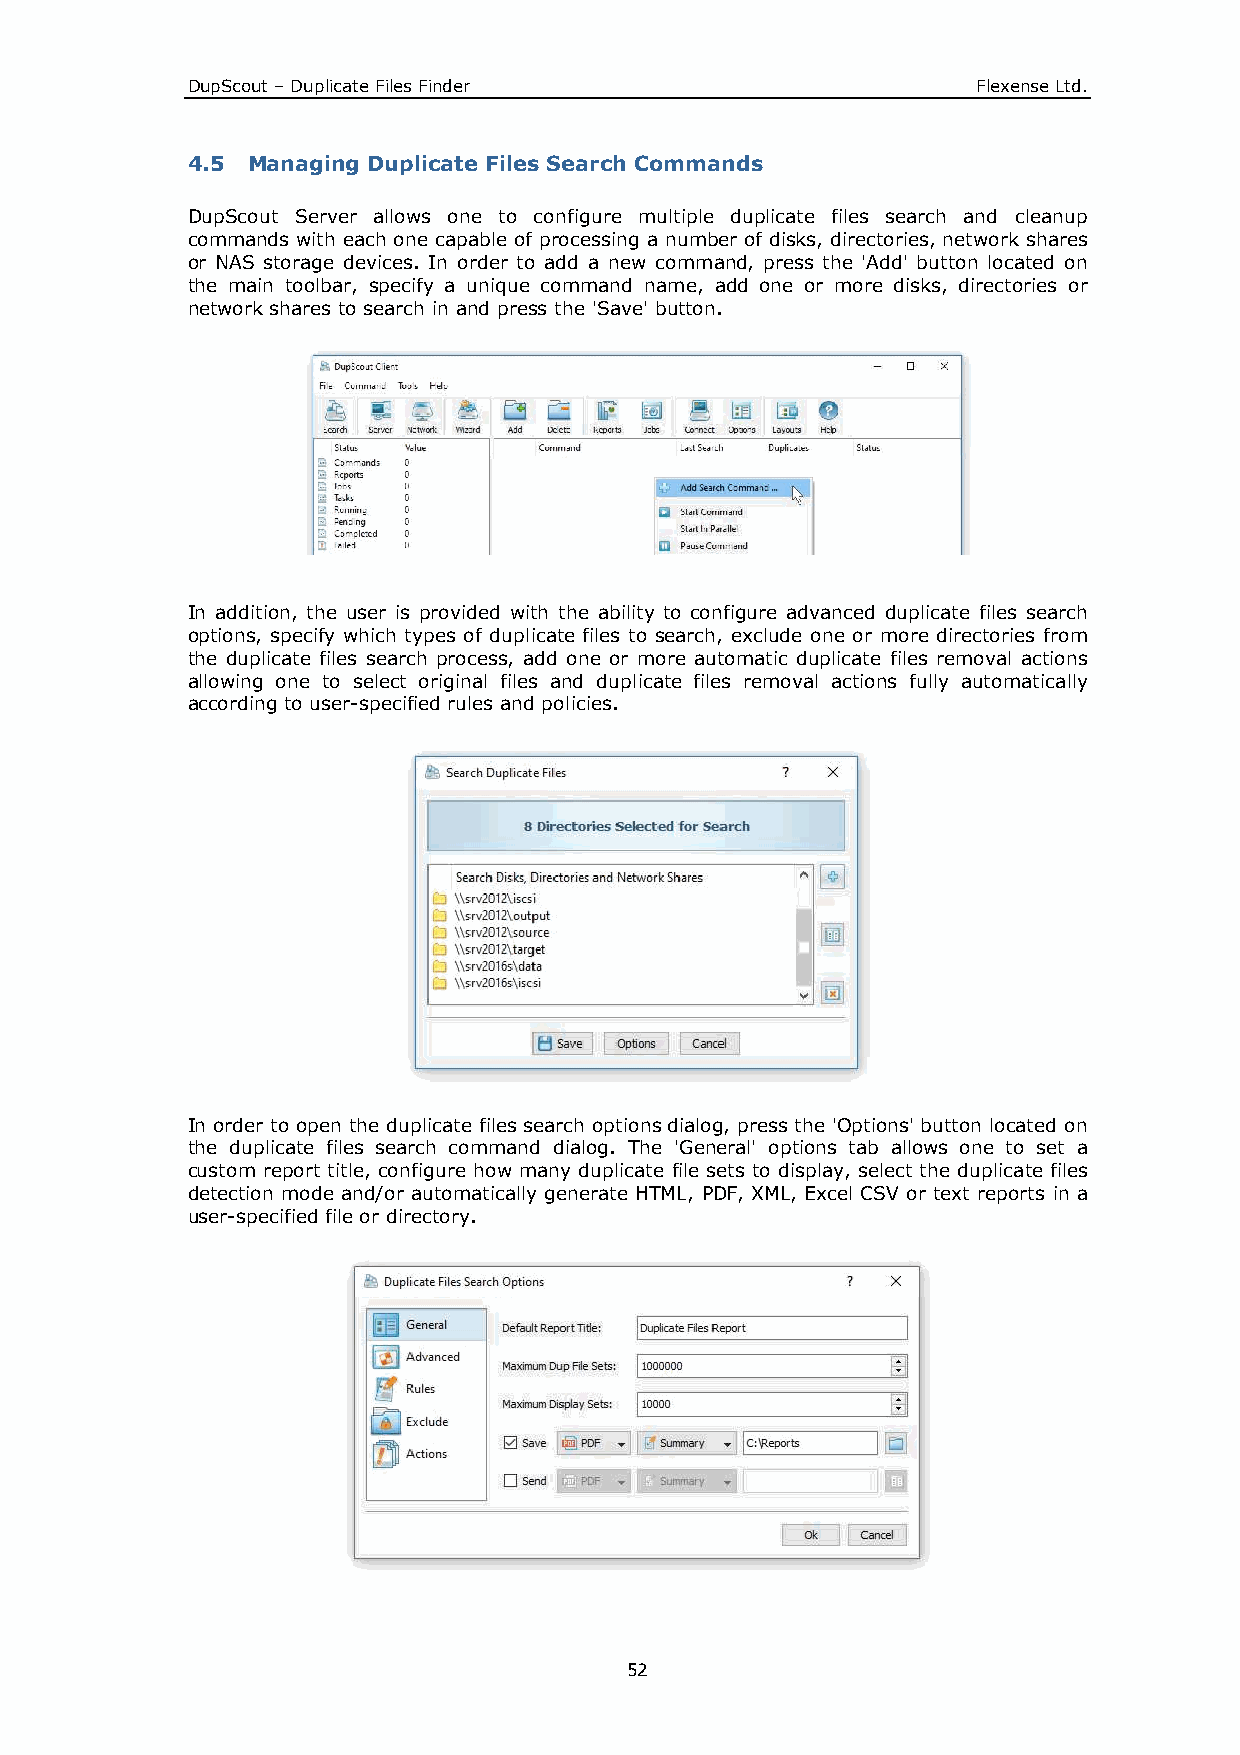
DupScout – Duplicate Files Finder                    Flexense Ltd.
 4.5 Managing Duplicate Files Search Commands
 DupScout Server allows one to configure multiple duplicate files search and cleanup
 commands with each one capable of processing a number of disks, directories, network shares
 or NAS storage devices. In order to add a new command, press the 'Add' button located on
 the main toolbar, specify a unique command name, add one or more disks, directories or
 network shares to search in and press the 'Save' button.
 In addition, the user is provided with the ability to configure advanced duplicate files search
 options, specify which types of duplicate files to search, exclude one or more directories from
 the duplicate files search process, add one or more automatic duplicate files removal actions
 allowing one to select original files and duplicate files removal actions fully automatically
 according to user-specified rules and policies.
 In order to open the duplicate files search options dialog, press the 'Options' button located on
 the duplicate files search command dialog. The 'General' options tab allows one to set a
 custom report title, configure how many duplicate file sets to display, select the duplicate files
 detection mode and/or automatically generate HTML, PDF, XML, Excel CSV or text reports in a
 user-specified file or directory.
 52